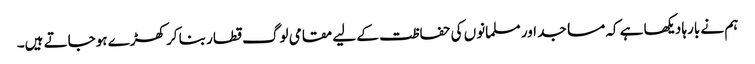
ہم نے بارہا دیکھا ہے کہ مساجد اور مسلمانوں کی حفاظت کے لیے مقامی لوگ قطار بنا کر کھڑے ہوجاتے ہیں۔